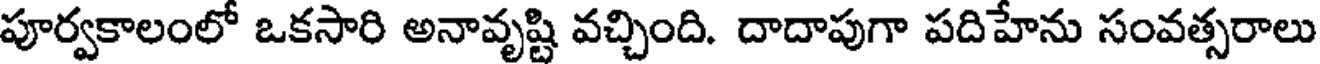
పూర్వకాలంలో ఒకసారి అనావృష్టి వచ్చింది. దాదాపుగా పదిహేను సంవత్సరాలు